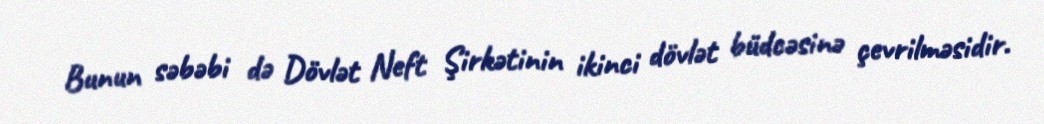
Bunun səbəbi də Dövlət Neft Şirkətinin ikinci dövlət büdcəsinə çevrilməsidir.